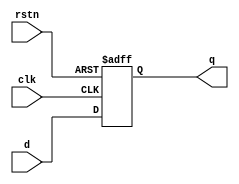
`timescale 1ns / 1ps

module dff( input d, 
            input rstn,
            input clk,
            output reg q);
            
      always @ (posedge clk or negedge rstn)
        if (!rstn)
            q <= 0;
        else
            q <= d;
endmodule